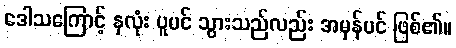
ဒေါသကြောင့် နှလုံး ပူပင် သွားသည်လည်း အမှန်ပင် ဖြစ်၏။